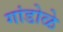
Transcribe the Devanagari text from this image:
गांडोळे